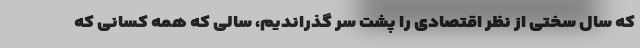
که سال سختی از نظر اقتصادی را پشت سر گذراندیم، سالی که همه کسانی که